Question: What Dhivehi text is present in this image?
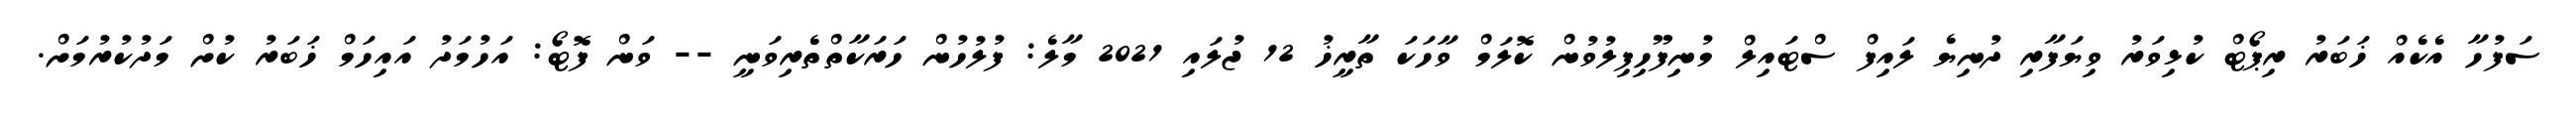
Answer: ސަފުހާ އެކެއް ޚަބަރު ރިޕޯޓް ކުޅިވަރު ވިޔަފާރި ދުނިޔެ ލައިފް ސްޓައިލް މުނިފޫހިފިލުވުން ކޮލަމް ވާހަކަ ތާރީޚު 12 ޖުލައި 2021 މާލެ: ފުލުހުން ހަރަކާތްތެރިވަނީ -- ވަން ފޮޓޯ: އަހުމަދު އައިހަމް ޚަބަރު ކުށް މަދުކުރުމަށް.